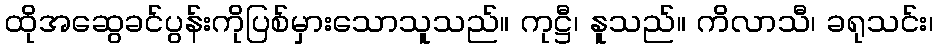
ထိုအဆွေခင်ပွန်းကိုပြစ်မှားသောသူသည်။ ကုဋ္ဌီ၊ နူသည်။ ကိလာသီ၊ ခရုသင်း၊